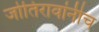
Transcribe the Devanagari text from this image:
जोतिरावांनीच